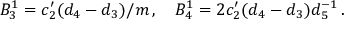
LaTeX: B _ { 3 } ^ { 1 } = c _ { 2 } ^ { \prime } ( d _ { 4 } - d _ { 3 } ) / m \, , \quad B _ { 4 } ^ { 1 } = 2 c _ { 2 } ^ { \prime } ( d _ { 4 } - d _ { 3 } ) d _ { 5 } ^ { - 1 } \, .